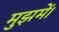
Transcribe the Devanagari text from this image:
मुझमें।